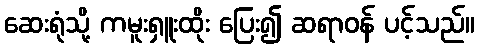
ဆေးရုံသို့ ကမူးရှူးထိုး ပြေး၍ ဆရာဝန် ပင့်သည်။